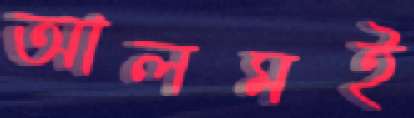
আলমই